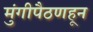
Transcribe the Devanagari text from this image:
मुंगीपैठणहून